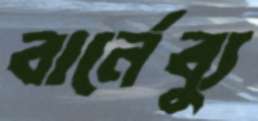
বার্নেব্যু